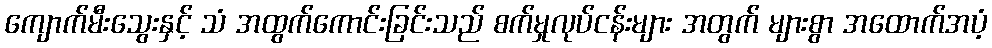
ကျောက်မီးသွေးနှင့် သံ အထွက်ကောင်းခြင်းသည် စက်မှုလုပ်ငန်းများ အတွက် များစွာ အထောက်အပံ့